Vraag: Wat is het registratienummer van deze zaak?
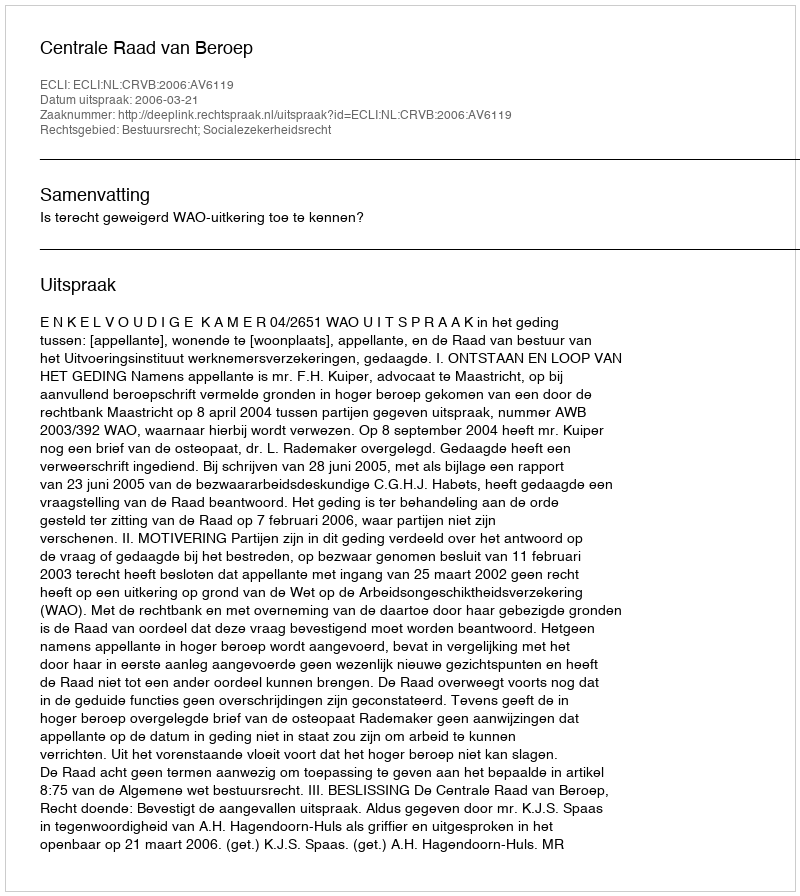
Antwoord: http://deeplink.rechtspraak.nl/uitspraak?id=ECLI:NL:CRVB:2006:AV6119